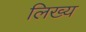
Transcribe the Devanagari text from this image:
लिख्य